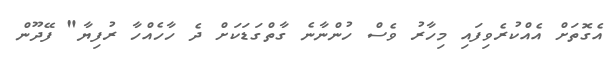
އެގޮތަށް އެއްކުރެވިފައި މިހާރު ވެސް ހުންނާނެ ގާތްގަޑަކަށް ދެ ހާހެއްހާ ރުފިޔާ" ފޭދޫން